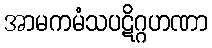
အာမကမံသပဋိဂ္ဂဟဏာ